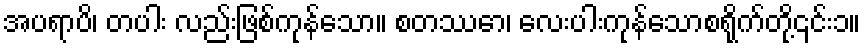
အပရာပိ၊ တပါး လည်းဖြစ်ကုန်သော။ စတဿော၊ လေးပါးကုန်သောစရိုက်တို့၎င်း၁။